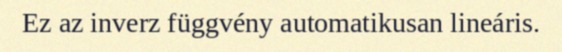
Ez az inverz függvény automatikusan lineáris.